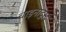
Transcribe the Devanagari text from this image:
चाइनाट्र्स्ट